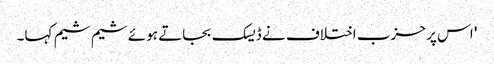
' اس پر حزب اختلاف نے ڈیسک بجاتے ہوئے شیم شیم کہا۔